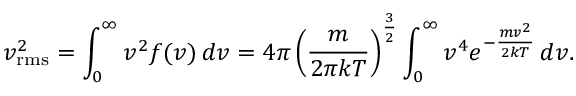
v _ { \mathrm { r m s } } ^ { 2 } = \int _ { 0 } ^ { \infty } v ^ { 2 } f ( v ) \, d v = 4 \pi \left( { \frac { m } { 2 \pi k T } } \right) ^ { \frac { 3 } { 2 } } \int _ { 0 } ^ { \infty } v ^ { 4 } e ^ { - { \frac { m v ^ { 2 } } { 2 k T } } } \, d v .